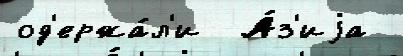
од'ержа́л'и  А́з'иjа